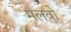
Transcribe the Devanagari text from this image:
मलवो